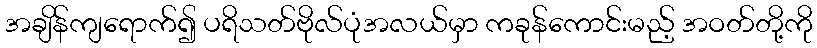
အချိန်ကျရောက်၍ ပရိသတ်ဗိုလ်ပုံအလယ်မှာ ကခုန်ကောင်းမည့် အဝတ်တို့ကို